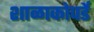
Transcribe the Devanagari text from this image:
शाळाकोपर्डे